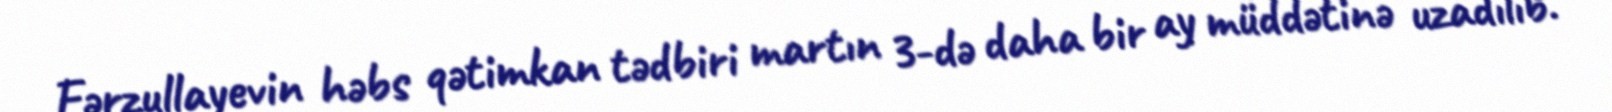
Fərzullayevin həbs qətimkan tədbiri martın 3-də daha bir ay müddətinə uzadılıb.